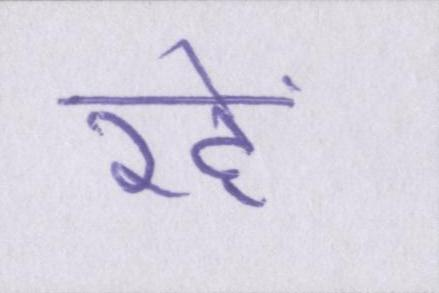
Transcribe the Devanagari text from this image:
रहें